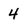
Character: 4